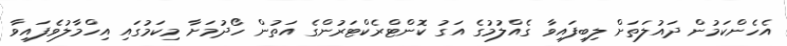
އެހެންކަމުން ދައުލަތަށް ލިބިފައިވާ ގެއްލުމުގެ އަގު ކޮންޓްރެކްޓަރުންގެ އަތުން ހޯދުމަށާ މިކަމުގައި އިހްމާލުވެފައިވާ